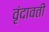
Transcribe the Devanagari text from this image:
वृंदावती